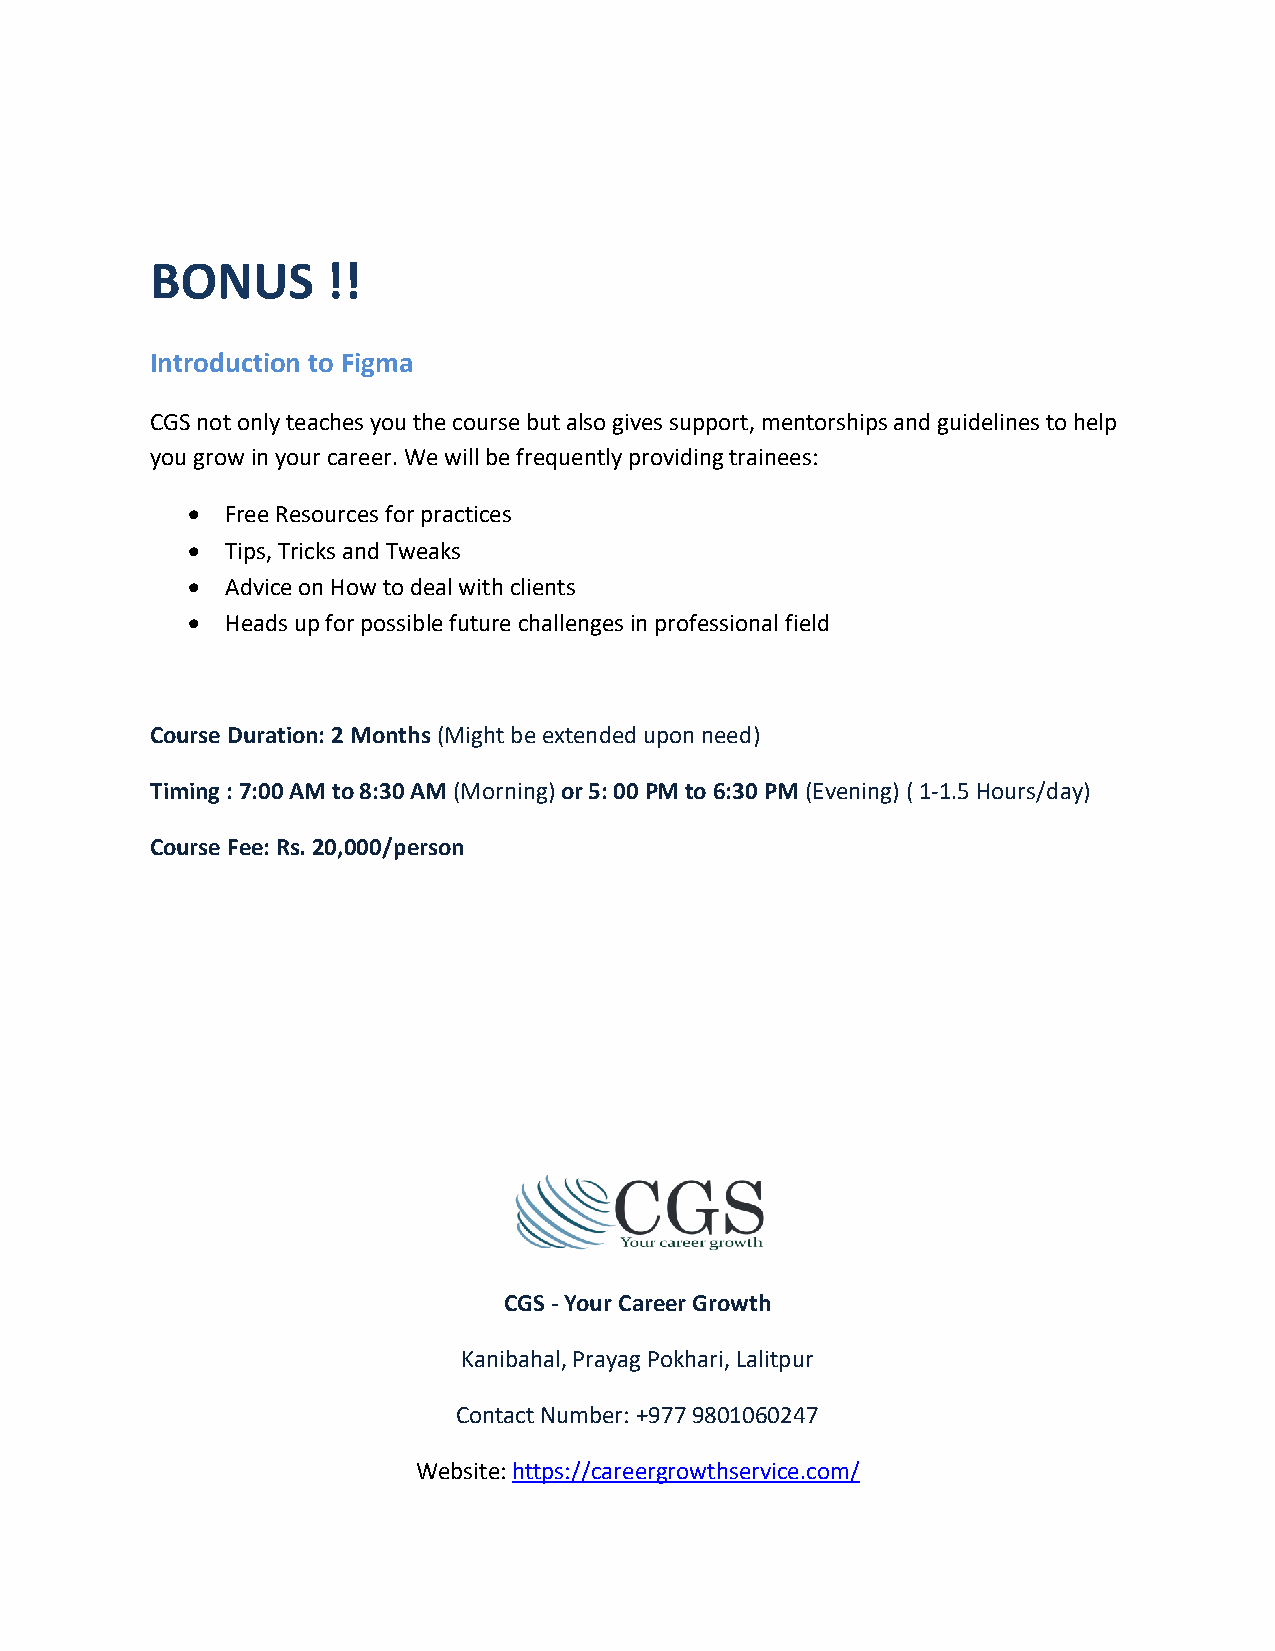
BONUS       !!
 Introduction to Figma
 CGS not only teaches you the course but also gives support, mentorships and guidelines to help
 you grow in your career. We will be frequently providing trainees:
 •  Free Resources for practices
 •  Tips, Tricks and Tweaks
 •  Advice on How to deal with clients
 •  Heads up for possible future challenges in professional field
 Course Duration: 2 Months (Might be extended upon need)
 Timing : 7:00 AM to 8:30 AM (Morning) or 5: 00 PM to 6:30 PM (Evening) ( 1-1.5 Hours/day)
 Course Fee: Rs. 20,000/person
 CGS - Your Career Growth
 Kanibahal, Prayag Pokhari, Lalitpur
 Contact Number: +977 9801060247
 Website: https://careergrowthservice.com/